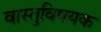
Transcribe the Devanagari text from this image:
वास्तुविषयक